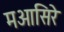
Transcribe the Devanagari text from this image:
मआसिरे